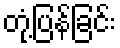
တုံ့ပြန်ခြင်း